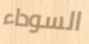
السوداء